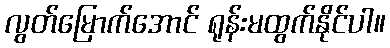
လွတ်မြောက်အောင် ရုန်းမထွက်နိုင်ပါ။